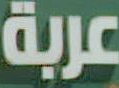
عربة